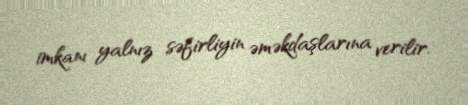
imkanı yalnız səfirliyin əməkdaşlarına verilir.